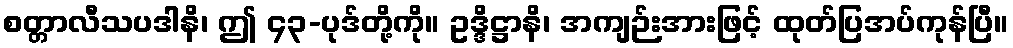
စတ္တာလီသပဒါနိ၊ ဤ ၄၃-ပုဒ်တို့ကို။ ဥဒ္ဒိဋ္ဌာနိ၊ အကျဉ်းအားဖြင့် ထုတ်ပြအပ်ကုန်ပြီ။